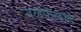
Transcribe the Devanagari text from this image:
जळफळाट